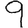
Digit: 9